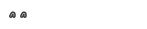
٢٥